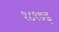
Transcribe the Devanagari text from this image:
१८९७इ